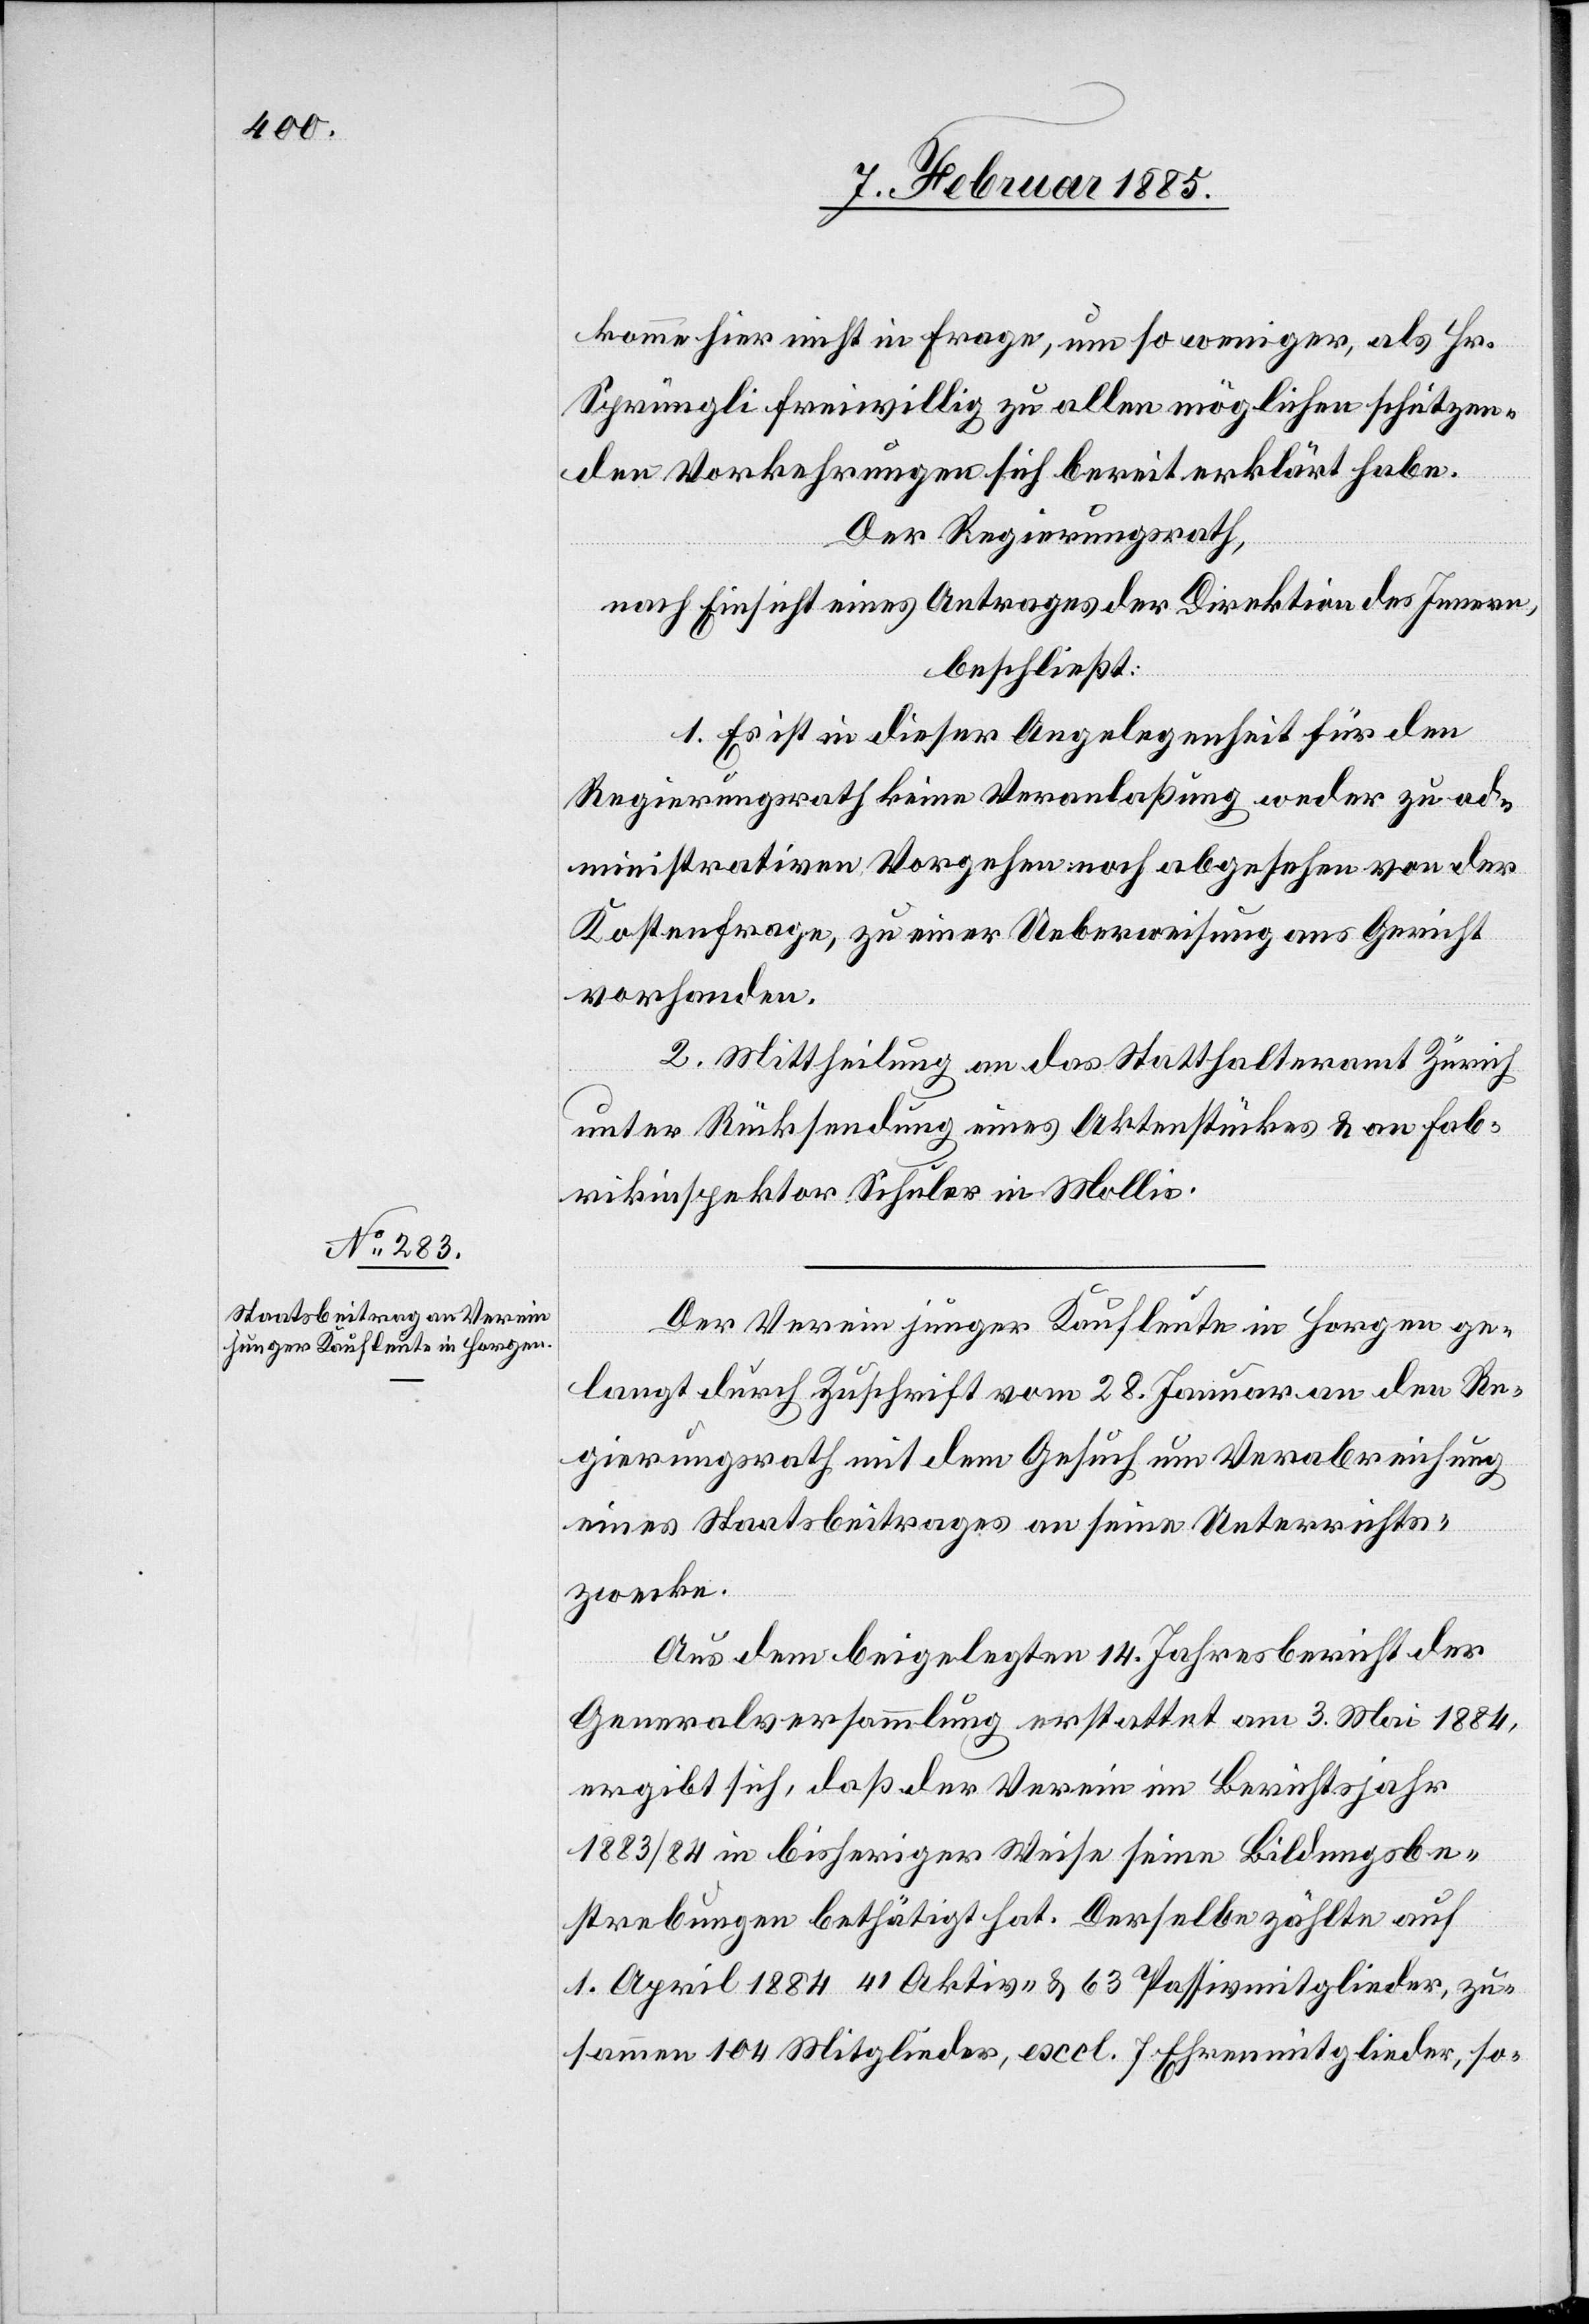
komme hier nicht in Frage, um so weniger, als Hr.
Sprüngli freiwillig zu allen möglichen schützen¬
den Vorkehrungen sich bereit erklärt habe.
Der Regierungsrath,
nach Einsicht eines Antrages der Direktion des Innern,
beschließt:
1. Es ist in dieser Angelegenheit für den
Regierungsrath keine Veranlaßung weder zu ad¬
ministrativen Vorgehen noch, abgesehen von der
Kostenfrage, zu einer Ueberweisung ans Gericht
vorhanden.
2. Mittheilung an das Statthalteramt Zürich
unter Rücksendung eines Aktenstückes & an Fab¬
rikinspektor Schuler in Mollis.
Der Verein junger Kaufleute in Horgen ge¬
langt durch Zuschrift vom 28. Januar an den Re¬
gierungsrath mit dem Gesuch um Verabreichung
eines Staatsbeitrages an seine Unterrichts¬
zwecke.
Aus dem beigelegten 14. Jahresbericht der
Generalversammlung erstattet am 3. Mai 1884,
ergibt sich, daß der Verein im Berichtsjahr
1883/84 in bisheriger Weise seine Bildungsbe¬
strebungen bethätigt hat. Derselbe zählte auf
1. April 1884 41 Aktiv- & 63 Passivmitglieder, zu¬
sammen 104 Mitglieder, excl. 7 Ehrenmitglieder, so-